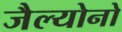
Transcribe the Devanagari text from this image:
जैल्योनो